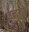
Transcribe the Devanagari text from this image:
पन्चमुखी